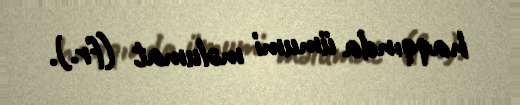
haqqında ümumi məlumat (fr.).